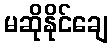
မဆိုနိုင်ချေ